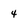
Character: 4